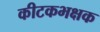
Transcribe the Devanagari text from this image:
कीटकभक्षक